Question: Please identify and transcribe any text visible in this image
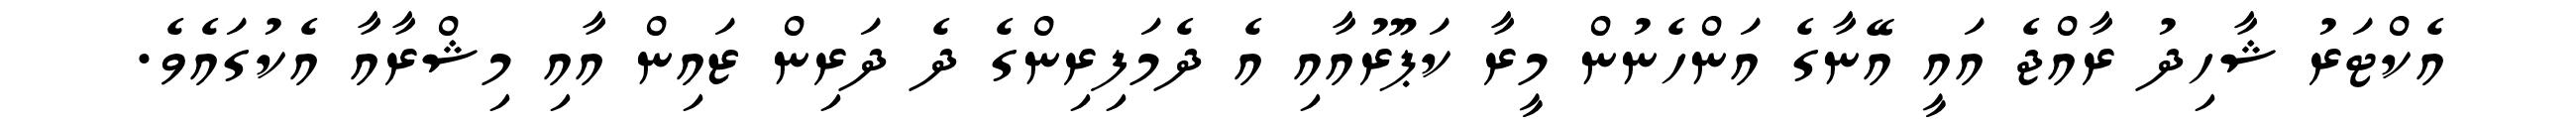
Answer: އެކްޓަރު ޝާހިދު ރާއްޖެ އައީ އޭނާގެ އަންހެނުން މީރާ ކަޕޫރުއާއި އެ ދެމަފިރިންގެ ދެ ދަރިން ޒައިން އާއި މިޝްރާއާ އެކުގައެވެ.